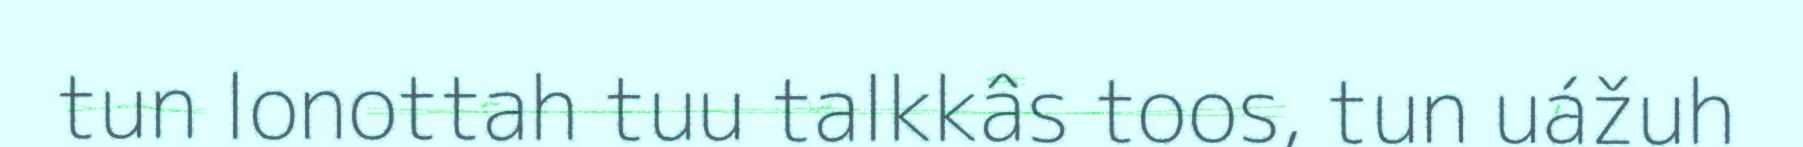
tun lonottah tuu talkkâs toos, tun uážuh